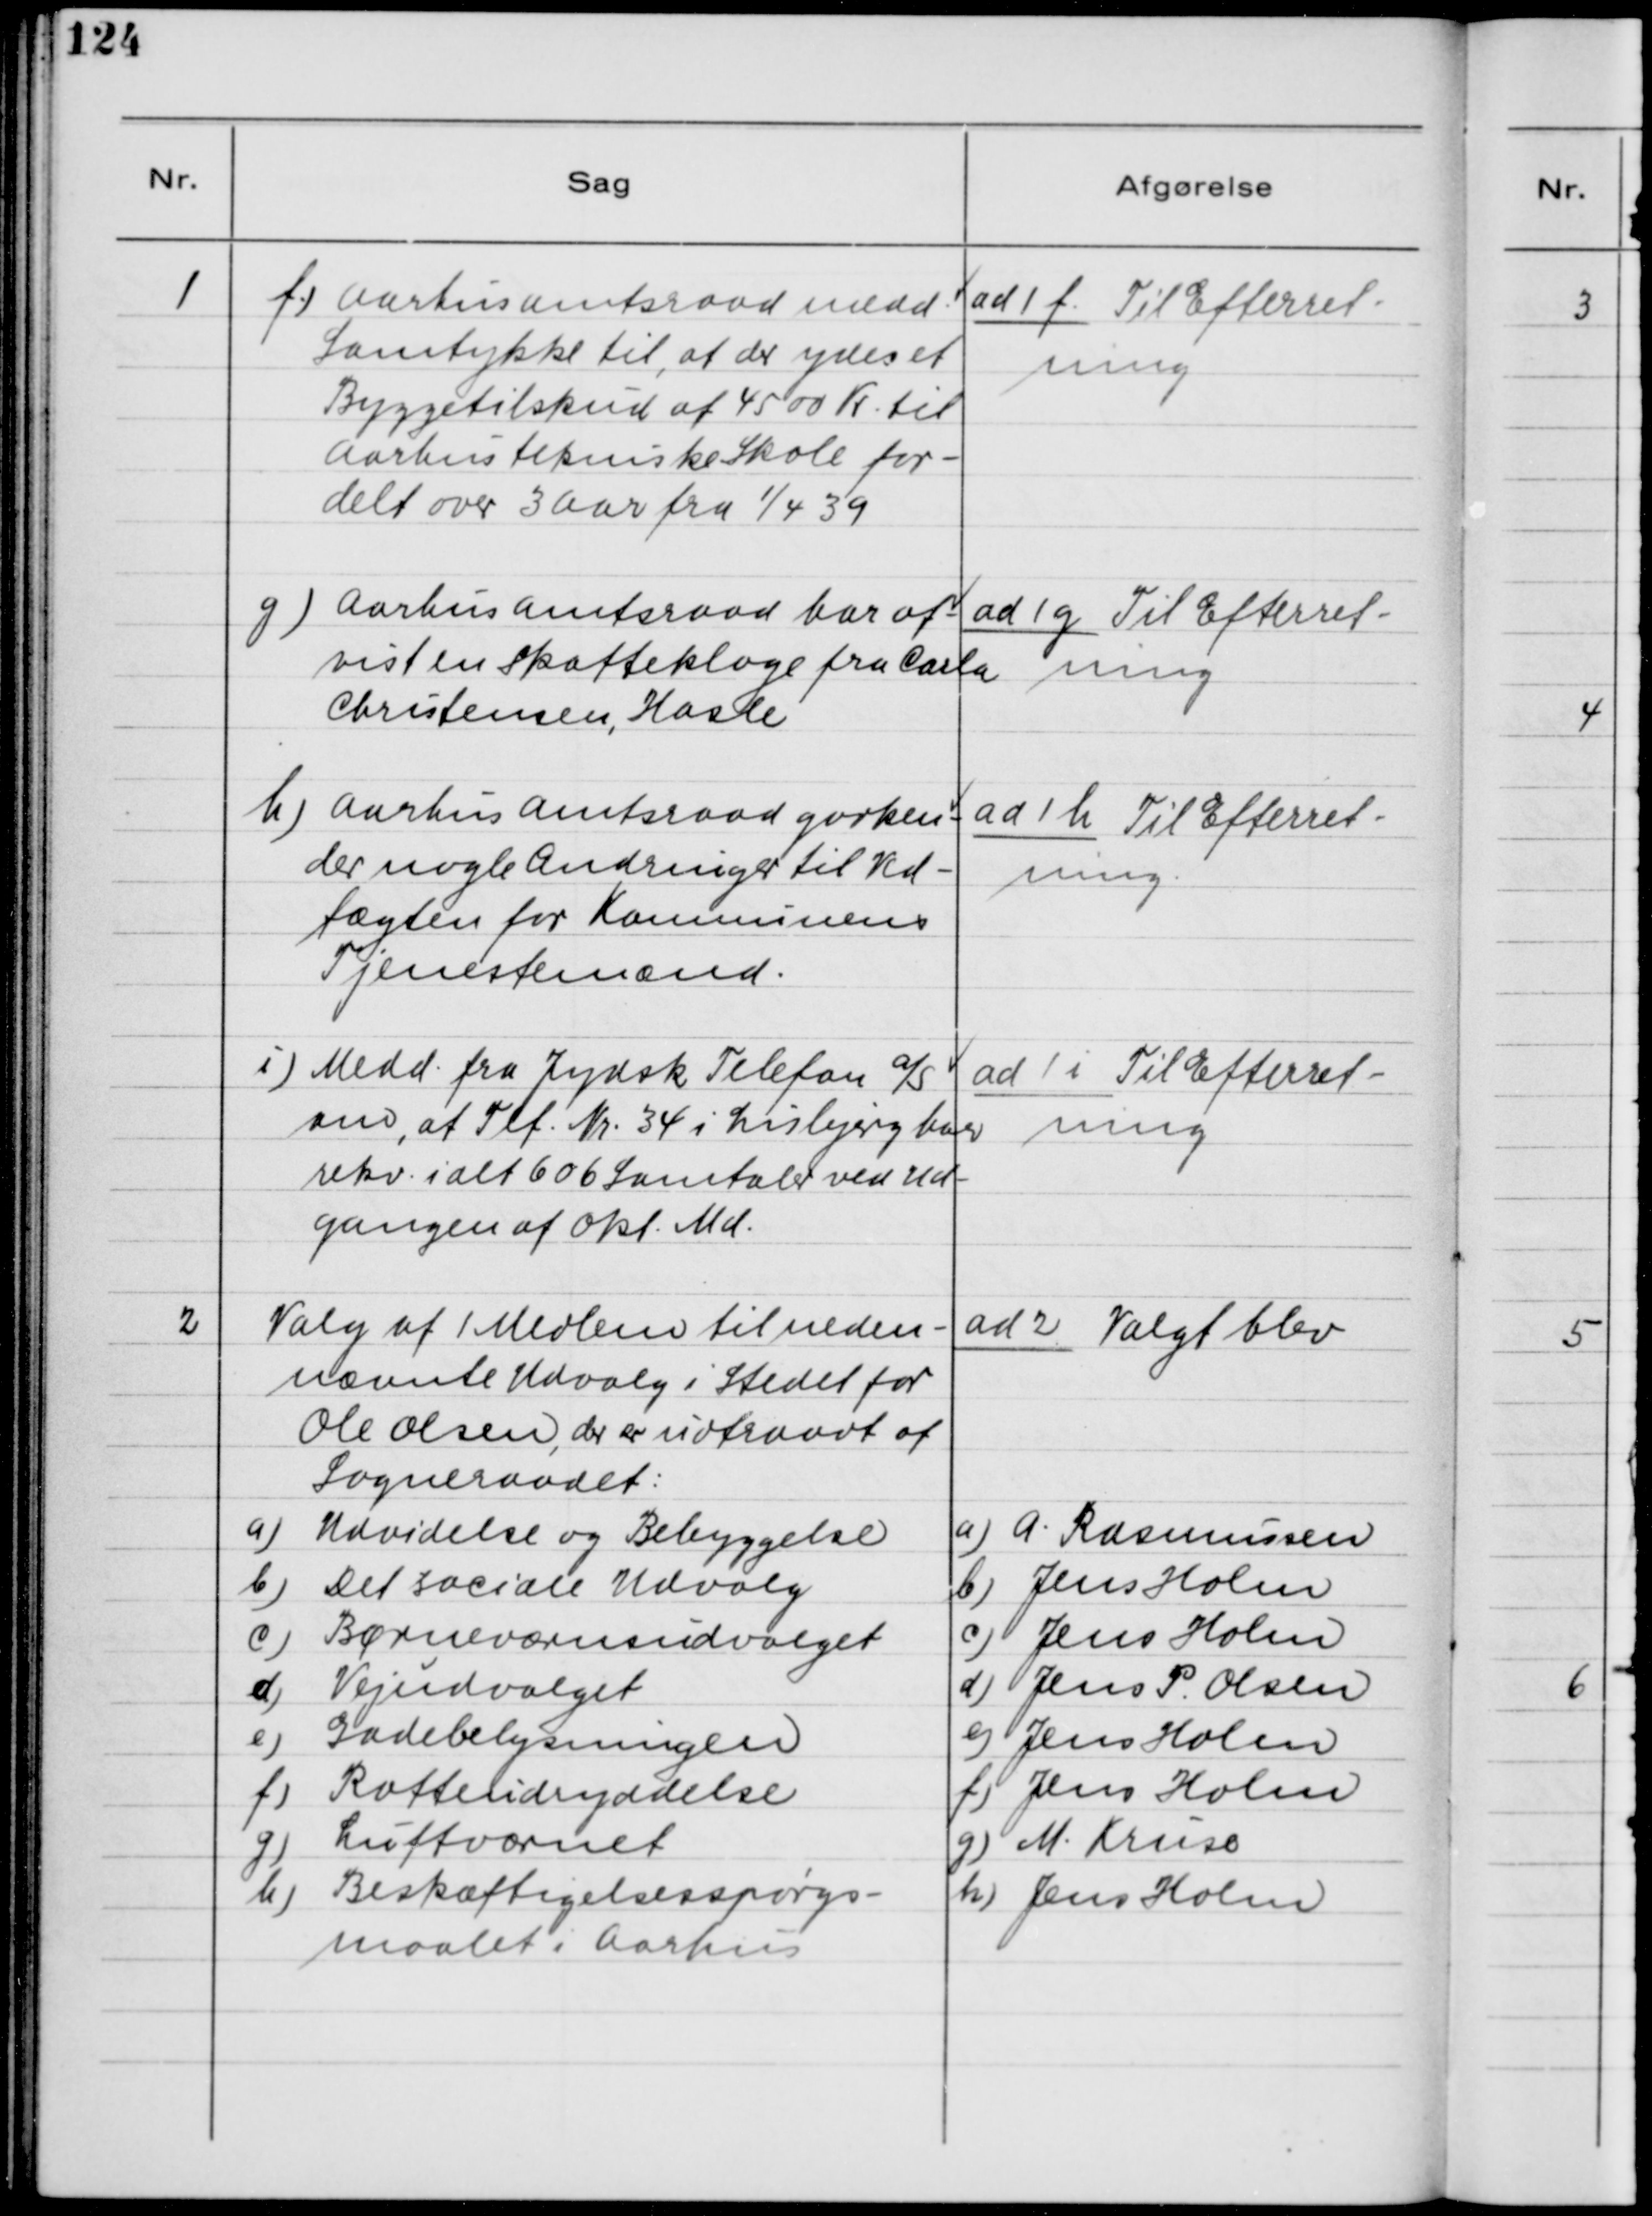
Transskription:
1. f) Aarhus Amtsraad medd.
Samtykke til, at der ydes et
Byggetilskud af 4500 Kr. til
Aarhus tekniske Skole for-
delt over 3 Aar fra 1/4 39
g) Aarhus Amtsraad har af-
vist en Skatteklage fra Carla
Christensen, Hasle
h) Aarhus Amtsraad godken-
der nogle Ændringer til Ved-
tægten for Kommunens
Tjenestemænd.
i) Medd. fra Jydsk Telefon A/S
om, at Tlf. Nr. 34 i Lisbjerg har
rekv. ialt 606 Samtaler ved Ud-
gangen af Okt. Md.

ad 1 f. Til Efterret-
ning
ad 1 g. Til Efterret-
ning
ad 1h. Til Efterret-
ning.
ad 1 i) Til Efterret-
ning

2) Valg af 1 Medlem, til neden-
nævnte Udvalg i Stedet for
Ole Olsen, der er udtraadt af
Sogneraadet:
a) Udvidelse og Bebyggelse
b) Det sociale Udvalg
c) Børneværnsudvalget
d) Vejudvalget
e) Gadebelysningen
f) Rotteudryddelse
g) Luftværnet
h) Beskæftigelsesspørgs-
maalet i Aarhus

ad 2. Valgt blev
a) A. Rasmussen
b) Jens Holm
c) Jens Holm
d) Jens P. Olsen
e) Jens Holm
f) Jens Holm
g) M. Kruse
h) Jens Holm